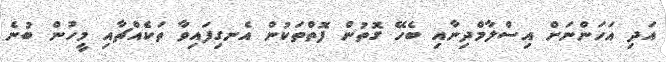
އަދި އަހަންނަށް އިސްލާމްދިނާއި ބެހޭ ގޮތުން ފޮތްތަކުން އެނގިފައިވާ ތަކެއްޗާއި މީހުން ބުނެ